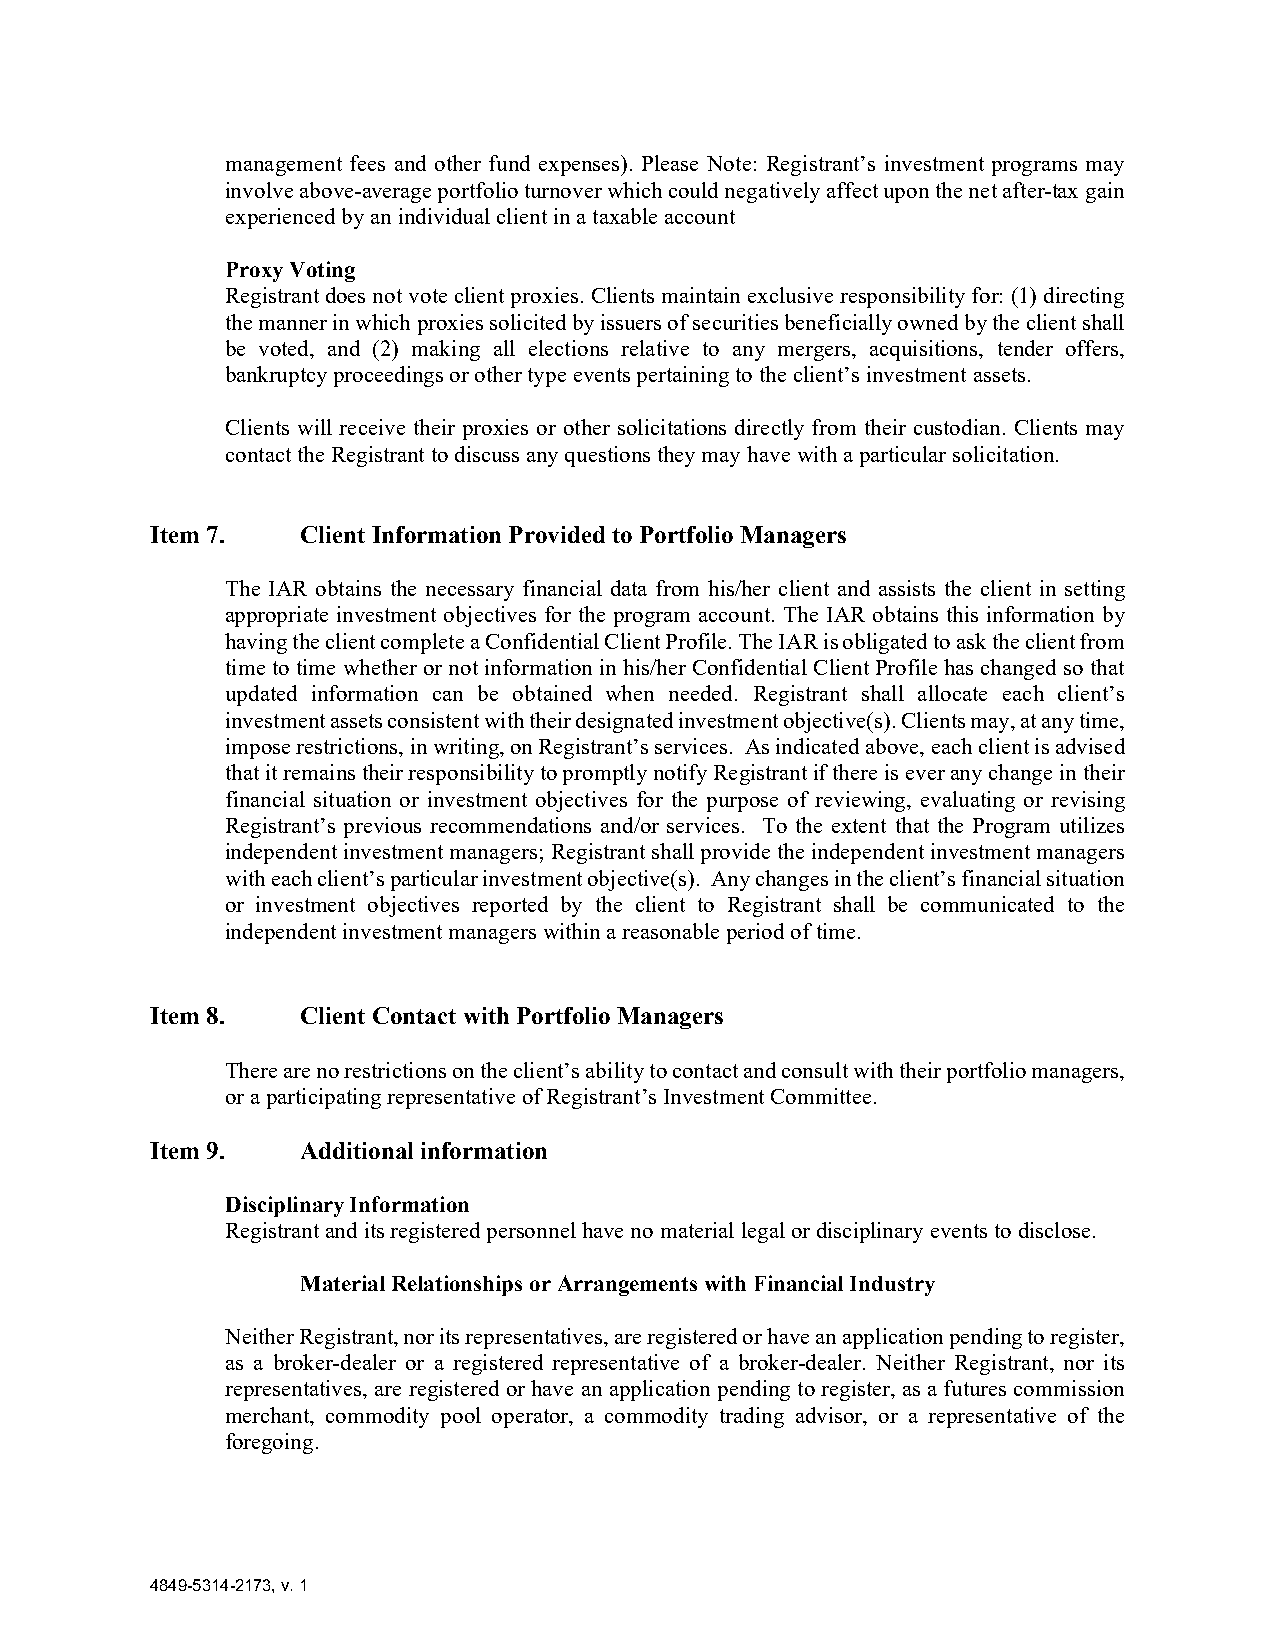
management fees and other fund expenses). Please Note: Registrant’s investment programs may
 involve above-average portfolio turnover which could negatively affect upon the net after-tax gain
 experienced by an individual client in a taxable account
 Proxy Voting
 Registrant does not vote client proxies. Clients maintain exclusive responsibility for: (1) directing
 the manner in which proxies solicited by issuers of securities beneficially owned by the client shall
 be voted, and (2) making all elections relative to any mergers, acquisitions, tender offers,
 bankruptcy proceedings or other type events pertaining to the client’s investment assets.
 Clients will receive their proxies or other solicitations directly from their custodian. Clients may
 contact the Registrant to discuss any questions they may have with a particular solicitation.
 Item 7.   Client Information Provided to Portfolio Managers
 The IAR obtains the necessary financial data from his/her client and assists the client in setting
 appropriate investment objectives for the program account. The IAR obtains this information by
 having the client complete a Confidential Client Profile. The IAR is obligated to ask the client from
 time to time whether or not information in his/her Confidential Client Profile has changed so that
 updated information can be obtained when needed. Registrant shall allocate each client’s
 investment assets consistent with their designated investment objective(s). Clients may, at any time,
 impose restrictions, in writing, on Registrant’s services. As indicated above, each client is advised
 that it remains their responsibility to promptly notify Registrant if there is ever any change in their
 financial situation or investment objectives for the purpose of reviewing, evaluating or revising
 Registrant’s previous recommendations and/or services. To the extent that the Program utilizes
 independent investment managers; Registrant shall provide the independent investment managers
 with each client’s particular investment objective(s). Any changes in the client’s financial situation
 or investment objectives reported by the client to Registrant shall be communicated to the
 independent investment managers within a reasonable period of time.
 Item 8.   Client Contact with Portfolio Managers
 There are no restrictions on the client’s ability to contact and consult with their portfolio managers,
 or a participating representative of Registrant’s Investment Committee.
 Item 9.   Additional information
 Disciplinary Information
 Registrant and its registered personnel have no material legal or disciplinary events to disclose.
 Material Relationships or Arrangements with Financial Industry
 Neither Registrant, nor its representatives, are registered or have an application pending to register,
 as a broker-dealer or a registered representative of a broker-dealer. Neither Registrant, nor its
 representatives, are registered or have an application pending to register, as a futures commission
 merchant, commodity pool operator, a commodity trading advisor, or a representative of the
 foregoing.
 4849-5314-2173, v. 1